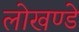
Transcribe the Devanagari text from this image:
लोखण्डे